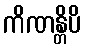
ကိဏန္တိပိ